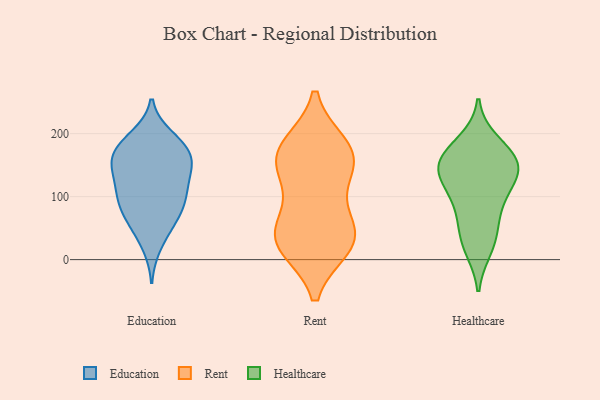
{"axis": {"x": "Population (Million)", "y": "Value"}, "legend": ["Education", "Healthcare", "Rent"], "data": [{"x": "", "y": 148, "type": "Education"}, {"x": "", "y": 189, "type": "Education"}, {"x": "", "y": 195, "type": "Education"}, {"x": "", "y": 110, "type": "Education"}, {"x": "", "y": 175, "type": "Education"}, {"x": "", "y": 101, "type": "Education"}, {"x": "", "y": 88, "type": "Education"}, {"x": "", "y": 93, "type": "Education"}, {"x": "", "y": 67, "type": "Education"}, {"x": "", "y": 176, "type": "Education"}, {"x": "", "y": 154, "type": "Education"}, {"x": "", "y": 64, "type": "Education"}, {"x": "", "y": 52, "type": "Education"}, {"x": "", "y": 107, "type": "Education"}, {"x": "", "y": 22, "type": "Education"}, {"x": "", "y": 149, "type": "Education"}, {"x": "", "y": 175, "type": "Education"}, {"x": "", "y": 147, "type": "Education"}, {"x": "", "y": 135, "type": "Education"}, {"x": "", "y": 66, "type": "Rent"}, {"x": "", "y": 181, "type": "Rent"}, {"x": "", "y": 21, "type": "Rent"}, {"x": "", "y": 48, "type": "Rent"}, {"x": "", "y": 23, "type": "Rent"}, {"x": "", "y": 25, "type": "Rent"}, {"x": "", "y": 161, "type": "Rent"}, {"x": "", "y": 134, "type": "Rent"}, {"x": "", "y": 172, "type": "Rent"}, {"x": "", "y": 134, "type": "Rent"}, {"x": "", "y": 175, "type": "Rent"}, {"x": "", "y": 39, "type": "Rent"}, {"x": "", "y": 27, "type": "Healthcare"}, {"x": "", "y": 166, "type": "Healthcare"}, {"x": "", "y": 187, "type": "Healthcare"}, {"x": "", "y": 142, "type": "Healthcare"}, {"x": "", "y": 95, "type": "Healthcare"}, {"x": "", "y": 18, "type": "Healthcare"}, {"x": "", "y": 170, "type": "Healthcare"}, {"x": "", "y": 149, "type": "Healthcare"}, {"x": "", "y": 109, "type": "Healthcare"}, {"x": "", "y": 134, "type": "Healthcare"}, {"x": "", "y": 76, "type": "Healthcare"}, {"x": "", "y": 137, "type": "Healthcare"}, {"x": "", "y": 50, "type": "Healthcare"}, {"x": "", "y": 152, "type": "Healthcare"}]}